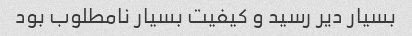
بسیار دیر رسید و کیفیت بسیار نامطلوب بود